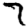
Digit: 7